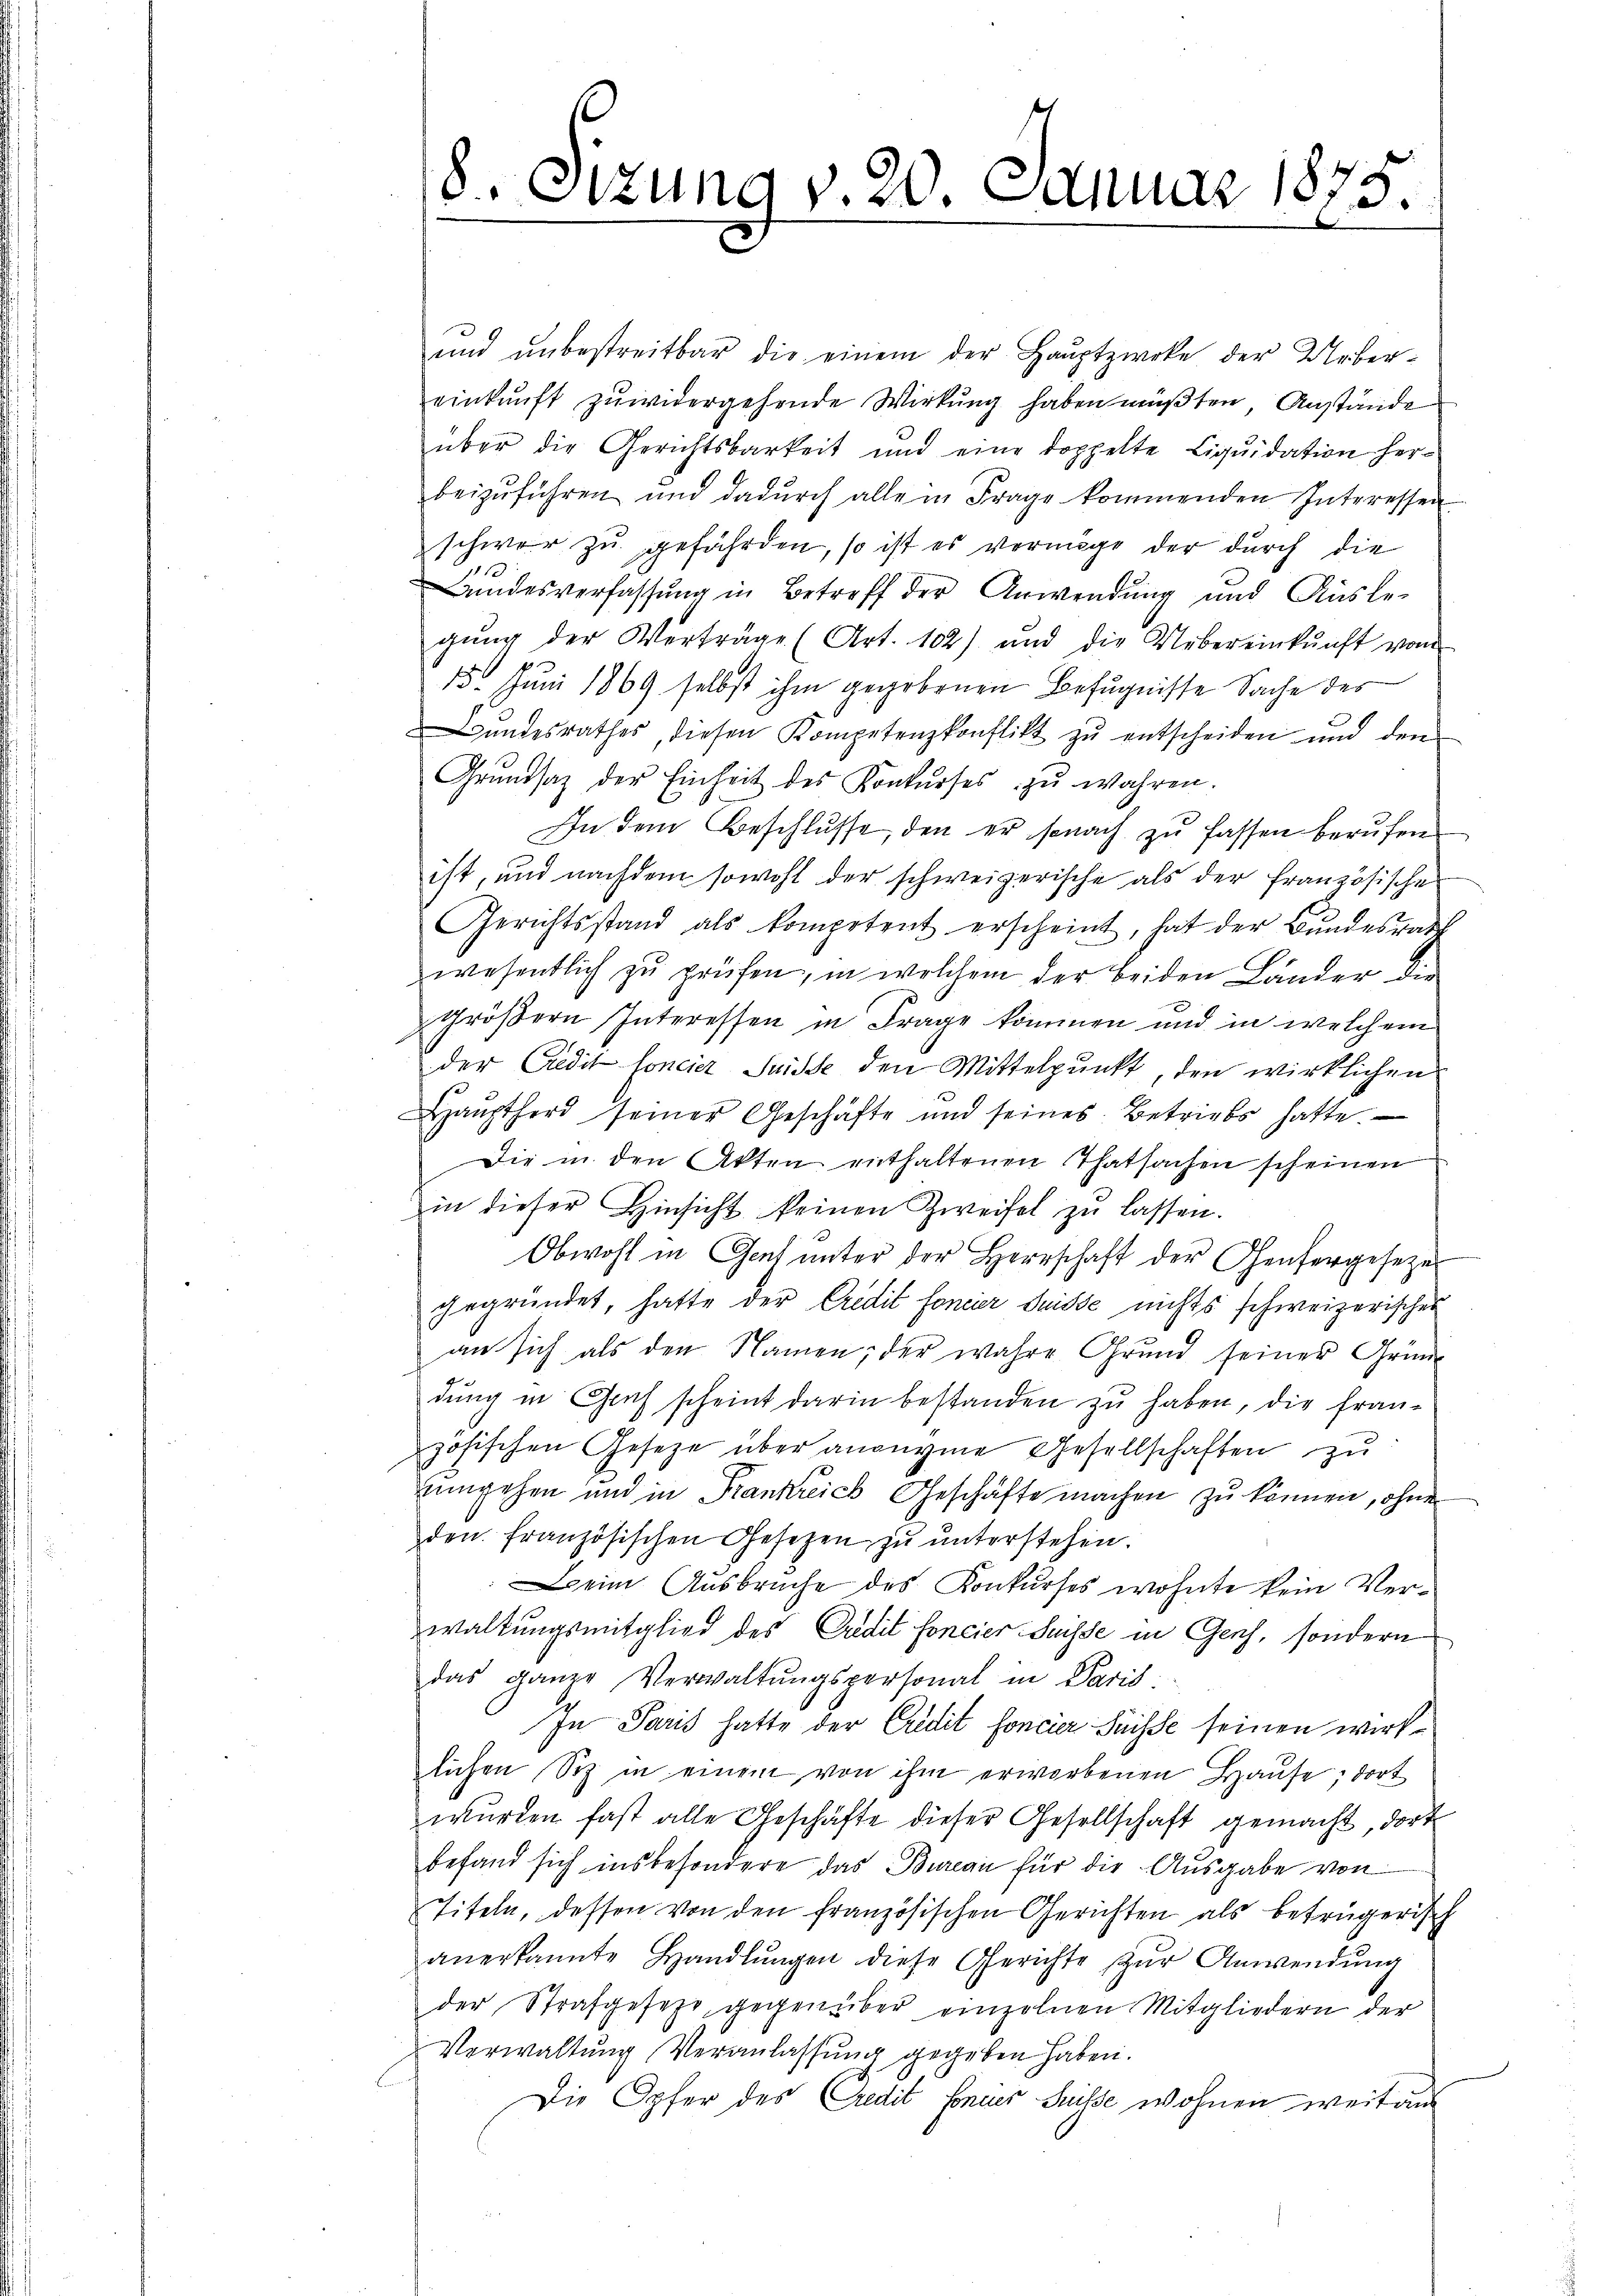
8. Sitzung v. 20. Januar 1875.

und unbestreitbar die einem der Hauptzweke der Uebereinkunft zuwidergehende Wirkung haben müßten, Anstände
über die Gerichtsbarkeit und eine doppelte Liqŭidation her-
beizuführen und dadŭrch alle in Frage kommenden Interessen
schwer zu gefährden, so ist es vermöge der durch die
Bundesverfassung in Betreff der Anwendung und Ausle-
gŭng der Verträge (Art. 102) und die Uebereinkunft vom
1.
13. Juni 1869 selbst ihm gegebenen Befugnisse Sache des
Bundesrathes, diesen Kompetenzkonflikt zu entscheiden und den
Grŭndsaz der Einheit des Konkŭrses zŭ wahren.
In dem Beschlusse, den er sonach zu fassen berufen
ist, und nachdem sowohl der schweizerische als der französische
Gerichtsstand als kompetent erscheint, hat der Bŭndesrath
wesentlich zu prüfen, in welchem der beiden Länder die
größern Interessen in Frage kommen und in welchem
der Credit foncier Suisse den Mittelpunkt, den wirklichen
aŭstherd seiner Geschäfte und seines Betriebs hatte.
Die in den Akten enthaltenen Thatsachen scheinen
in dieser Hinsicht keinen Zweifel zŭ lassen.
Obwohl in Gant ŭnter der Herrschaft der Genfergeseze
gegründet, hatte der Credit foncier Suisse nichts schweizerischen
an sich als den Namen; der wahre Grund seiner Gründ
dung in Genf scheint darin bestanden zu haben, die französischen Gesetze über anonyme Gesellschaften zu
umgehen und in Frankreich Geschäfte machen zu können, ohne
den französischen Gesetzen zŭ ŭnterstehen.
Beim Ausbruche des Konkurses wohnte kein Verwaltungsmitglied des Predit foncier Suisse in Gesch, sondern
das ganze Verwaltŭngspersonal in Paris
In Paris hatte der Credit foncier Suisse seinen wirklichen Siz in einem von ihm erworbenen Haŭse; dort
wurden fast alle Geschäfte dieser Gesellschaft gemacht, dort
befand sich insbesondere das Bureau für die Ausgabe von
Titeln, dessen von den französischen Gerichten als betrügerisch
anerkannte Handlŭngen diese Gerichte zŭr Anwendŭng
der Strafgesezt, gegenüber einzelnen Mitgliedern der
Verwaltung Veranlassung gegeben haben.
Die Opfer des Credit Concus Suisse wohnen weit au